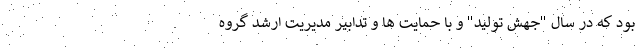
بود که در سال "جهش تولید" و با حمایت ها و تدابیر مدیریت ارشد گروه